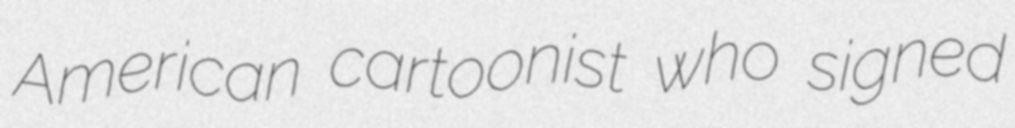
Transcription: American cartoonist who signed